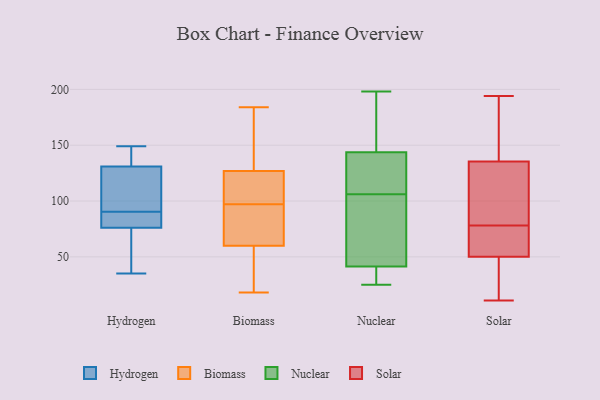
{"axis": {"x": "Headcount", "y": "Value"}, "legend": ["Biomass", "Hydrogen", "Nuclear", "Solar"], "data": [{"x": "", "y": 41, "type": "Hydrogen"}, {"x": "", "y": 149, "type": "Hydrogen"}, {"x": "", "y": 35, "type": "Hydrogen"}, {"x": "", "y": 76, "type": "Hydrogen"}, {"x": "", "y": 52, "type": "Hydrogen"}, {"x": "", "y": 104, "type": "Hydrogen"}, {"x": "", "y": 131, "type": "Hydrogen"}, {"x": "", "y": 76, "type": "Hydrogen"}, {"x": "", "y": 142, "type": "Hydrogen"}, {"x": "", "y": 92, "type": "Hydrogen"}, {"x": "", "y": 149, "type": "Hydrogen"}, {"x": "", "y": 102, "type": "Hydrogen"}, {"x": "", "y": 86, "type": "Hydrogen"}, {"x": "", "y": 89, "type": "Hydrogen"}, {"x": "", "y": 184, "type": "Biomass"}, {"x": "", "y": 127, "type": "Biomass"}, {"x": "", "y": 98, "type": "Biomass"}, {"x": "", "y": 169, "type": "Biomass"}, {"x": "", "y": 79, "type": "Biomass"}, {"x": "", "y": 44, "type": "Biomass"}, {"x": "", "y": 18, "type": "Biomass"}, {"x": "", "y": 60, "type": "Biomass"}, {"x": "", "y": 111, "type": "Biomass"}, {"x": "", "y": 96, "type": "Biomass"}, {"x": "", "y": 27, "type": "Nuclear"}, {"x": "", "y": 189, "type": "Nuclear"}, {"x": "", "y": 130, "type": "Nuclear"}, {"x": "", "y": 25, "type": "Nuclear"}, {"x": "", "y": 27, "type": "Nuclear"}, {"x": "", "y": 120, "type": "Nuclear"}, {"x": "", "y": 110, "type": "Nuclear"}, {"x": "", "y": 137, "type": "Nuclear"}, {"x": "", "y": 66, "type": "Nuclear"}, {"x": "", "y": 198, "type": "Nuclear"}, {"x": "", "y": 38, "type": "Nuclear"}, {"x": "", "y": 146, "type": "Nuclear"}, {"x": "", "y": 186, "type": "Nuclear"}, {"x": "", "y": 78, "type": "Nuclear"}, {"x": "", "y": 63, "type": "Nuclear"}, {"x": "", "y": 45, "type": "Nuclear"}, {"x": "", "y": 152, "type": "Nuclear"}, {"x": "", "y": 40, "type": "Nuclear"}, {"x": "", "y": 106, "type": "Nuclear"}, {"x": "", "y": 74, "type": "Solar"}, {"x": "", "y": 98, "type": "Solar"}, {"x": "", "y": 158, "type": "Solar"}, {"x": "", "y": 11, "type": "Solar"}, {"x": "", "y": 82, "type": "Solar"}, {"x": "", "y": 37, "type": "Solar"}, {"x": "", "y": 159, "type": "Solar"}, {"x": "", "y": 50, "type": "Solar"}, {"x": "", "y": 113, "type": "Solar"}, {"x": "", "y": 50, "type": "Solar"}, {"x": "", "y": 194, "type": "Solar"}, {"x": "", "y": 52, "type": "Solar"}]}